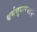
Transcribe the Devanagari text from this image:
धर्मसुधारकाने